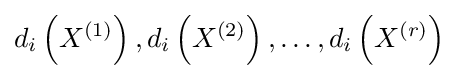
d_{i}\left(X^{(1)}\right),d_{i}\left(X^{(2)}\right),\ldots ,d_{i}\left(X^{(r)}\right)